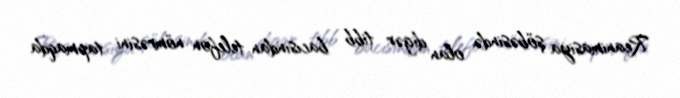
Reanimasiya şöbəsində olan digər tibb bacısından telefon nömrəsini tapmaqda